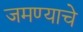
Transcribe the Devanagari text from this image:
जमण्याचे